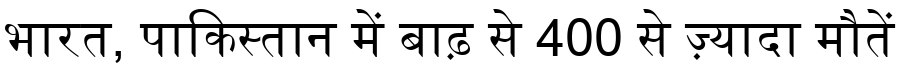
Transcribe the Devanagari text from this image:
भारत, पाकिस्तान में बाढ़ से 400 से ज़्यादा मौतें